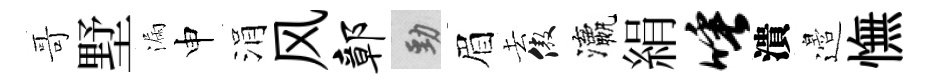
哥墅漏申涓风鄣勁眉去傲瀛絹唾潰邉憮